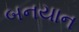
બનયાન